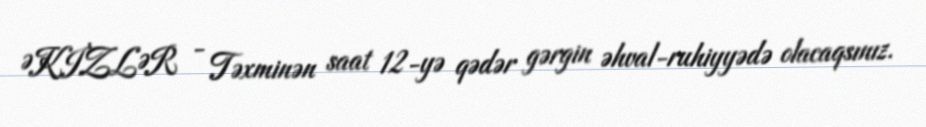
ƏKİZLƏR - Təxminən saat 12-yə qədər gərgin əhval-ruhiyyədə olacaqsınız.